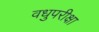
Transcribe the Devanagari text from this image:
वधुपरीक्षा